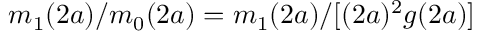
m _ { 1 } ( 2 a ) / m _ { 0 } ( 2 a ) = m _ { 1 } ( 2 a ) / [ ( 2 a ) ^ { 2 } g ( 2 a ) ]